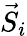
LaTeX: {\vec{S}}_{i}